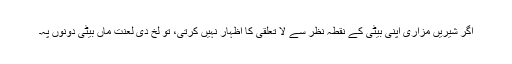
اگر شیریں مزاری اپنی بیٹی کے نقطہ نظر سے لا تعلقی کا اظہار نہیں کرتی، تو لخ دی لعنت ماں بیٹی دونوں پہ۔